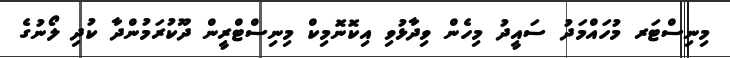
މިނިސްޓަރ މުހައްމަދު ސައީދު މިހެން ވިދާޅުވި އިކޮނޮމިކް މިނިސްޓްރީން ދޫކުރަމުންދާ ކުދި ލޯނުގެ